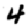
Digit: 4